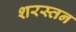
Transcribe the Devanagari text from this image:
शरस्तन